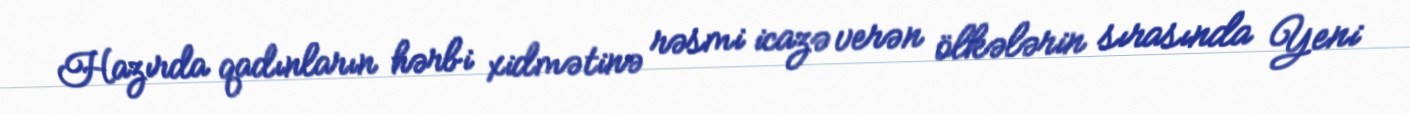
Hazırda qadınların hərbi xidmətinə rəsmi icazə verən ölkələrin sırasında Yeni